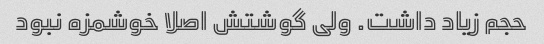
حجم زیاد داشت. ولی گوشتش اصلا خوشمزه نبود